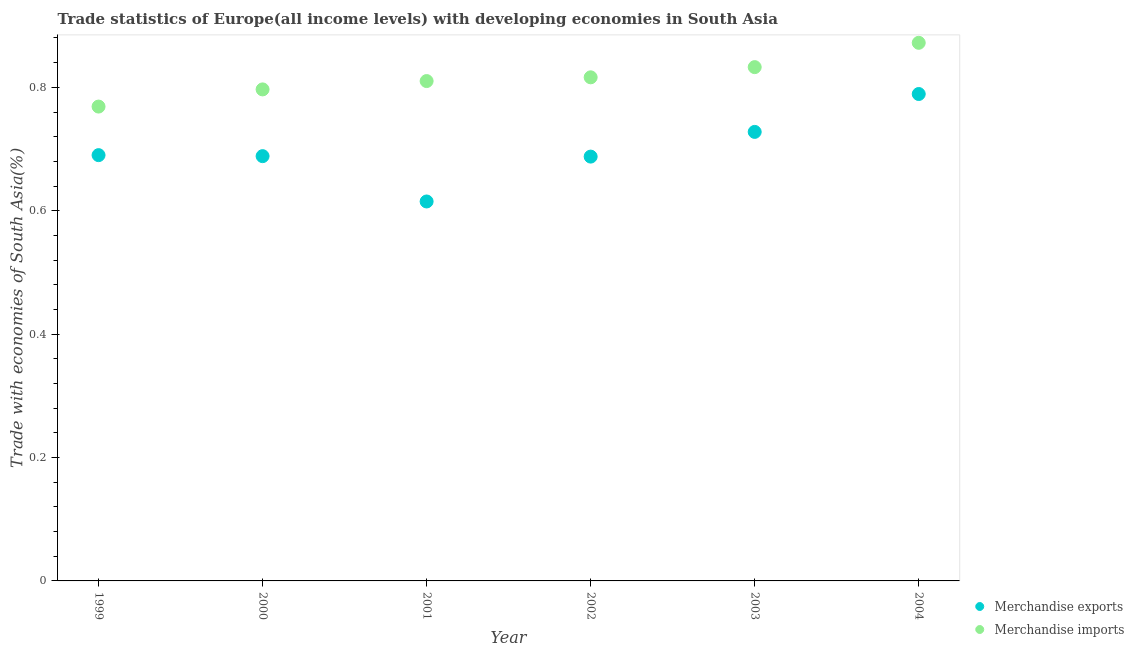
| Year | Merchandise exports | Merchandise imports |
 | --- | --- | --- |
 | 1999 | 0.69 | 0.769 |
 | 2000 | 0.688 | 0.797 |
 | 2001 | 0.615 | 0.81 |
 | 2002 | 0.688 | 0.816 |
 | 2003 | 0.728 | 0.833 |
 | 2004 | 0.789 | 0.872 |